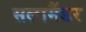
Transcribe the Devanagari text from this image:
सलामैंडर